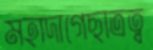
মহাদাগেছাত্রত্ব